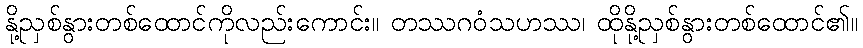
နို့ညှစ်နွားတစ်ထောင်ကိုလည်းကောင်း။ တဿဂဝံသဟဿ၊ ထိုနို့ညှစ်နွားတစ်ထောင်၏။